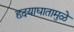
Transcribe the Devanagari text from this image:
हृदयाघातामुळे